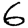
Digit: 6